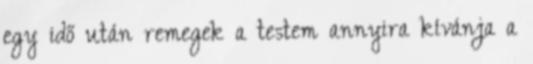
egy idő után remegek a testem annyira kívánja a